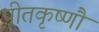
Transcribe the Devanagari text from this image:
पीतकृष्णौ